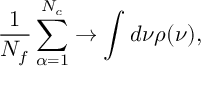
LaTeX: \frac { 1 } { N _ { f } } \sum _ { \alpha = 1 } ^ { N _ { c } } \rightarrow \int d \nu \rho ( \nu ) ,